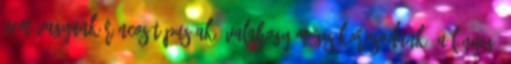
nem vagyunk ráncos típusúak, valahogy mégis korosodunk. A lényeg,